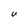
Character: U